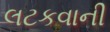
લટકવાની